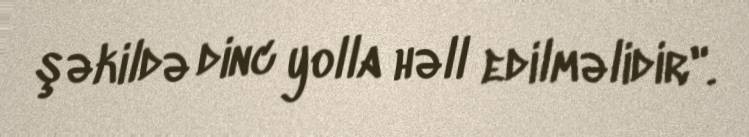
şəkildə dinc yolla həll edilməlidir".